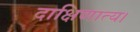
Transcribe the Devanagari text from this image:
दाक्षिणात्य।